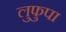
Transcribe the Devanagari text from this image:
लुफुपा